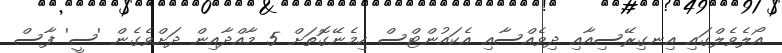
އޯލެވެލްގައި އިނގިރޭސިއާއި ދިވެއްސާއި އެކައުންޓްސް ހިމެނޭގޮތަށް 5 މާއްދާއިން ދަށްވެގެން 'ސީ' ފާސް